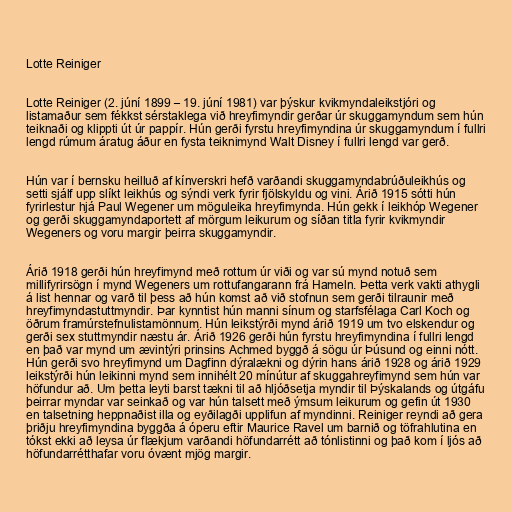
Lotte Reiniger

Lotte Reiniger (2. júní 1899 – 19. júní 1981) var þýskur kvikmyndaleikstjóri og
listamaður sem fékkst sérstaklega við hreyfimyndir gerðar úr skuggamyndum sem hún
teiknaði og klippti út úr pappír. Hún gerði fyrstu hreyfimyndina úr skuggamyndum í fullri
lengd rúmum áratug áður en fysta teiknimynd Walt Disney í fullri lengd var gerð.

Hún var í bernsku heilluð af kínverskri hefð varðandi skuggamyndabrúðuleikhús og
setti sjálf upp slíkt leikhús og sýndi verk fyrir fjölskyldu og vini. Árið 1915 sótti hún
fyrirlestur hjá Paul Wegener um möguleika hreyfimynda. Hún gekk í leikhóp Wegener
og gerði skuggamyndaportett af mörgum leikurum og síðan titla fyrir kvikmyndir
Wegeners og voru margir þeirra skuggamyndir.

Árið 1918 gerði hún hreyfimynd með rottum úr viði og var sú mynd notuð sem
millifyrirsögn í mynd Wegeners um rottufangarann frá Hameln. Þetta verk vakti athygli
á list hennar og varð til þess að hún komst að við stofnun sem gerði tilraunir með
hreyfimyndastuttmyndir. Þar kynntist hún manni sínum og starfsfélaga Carl Koch og
öðrum framúrstefnulistamönnum. Hún leikstýrði mynd árið 1919 um tvo elskendur og
gerði sex stuttmyndir næstu ár. Árið 1926 gerði hún fyrstu hreyfimyndina í fullri lengd
en það var mynd um ævintýri prinsins Achmed byggð á sögu úr Þúsund og einni nótt.
Hún gerði svo hreyfimynd um Dagfinn dýralækni og dýrin hans árið 1928 og árið 1929
leikstýrði hún leikinni mynd sem innihélt 20 mínútur af skuggahreyfimynd sem hún var
höfundur að. Um þetta leyti barst tækni til að hljóðsetja myndir til Þýskalands og útgáfu
þeirrar myndar var seinkað og var hún talsett með ýmsum leikurum og gefin út 1930
en talsetning heppnaðist illa og eyðilagði upplifun af myndinni. Reiniger reyndi að gera
þriðju hreyfimyndina byggða á óperu eftir Maurice Ravel um barnið og töfrahlutina en
tókst ekki að leysa úr flækjum varðandi höfundarrétt að tónlistinni og það kom í ljós að
höfundarrétthafar voru óvænt mjög margir.